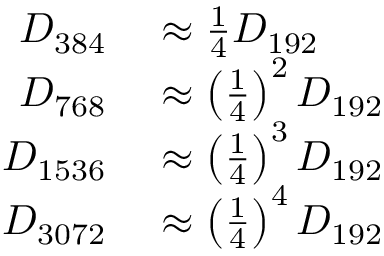
\begin{array} { r l } { D _ { 3 8 4 } } & { { } { } \approx { \frac { 1 } { 4 } } D _ { 1 9 2 } } \\ { D _ { 7 6 8 } } & { { } { } \approx \left( { \frac { 1 } { 4 } } \right) ^ { 2 } D _ { 1 9 2 } } \\ { D _ { 1 5 3 6 } } & { { } { } \approx \left( { \frac { 1 } { 4 } } \right) ^ { 3 } D _ { 1 9 2 } } \\ { D _ { 3 0 7 2 } } & { { } { } \approx \left( { \frac { 1 } { 4 } } \right) ^ { 4 } D _ { 1 9 2 } } \end{array}